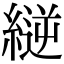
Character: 縌